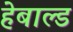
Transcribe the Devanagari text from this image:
हेबाल्ड